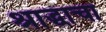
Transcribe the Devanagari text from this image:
श्राद्धाचा